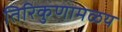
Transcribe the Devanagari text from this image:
तिरिकुणामळय